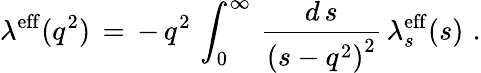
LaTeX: \lambda^{\mathrm{eff}}(q^{2})\, =\, -\, q^{2}\, \int_{0}^{\infty}\, \frac{d\, s}{{(s-q^{2})}^{2}}\, \lambda_{s}^{\mathrm{eff}}(s)\, \, .